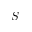
S